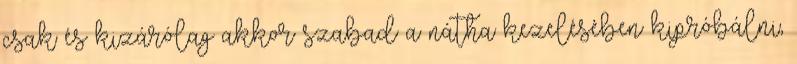
csak és kizárólag akkor szabad a nátha kezelésében kipróbálni,